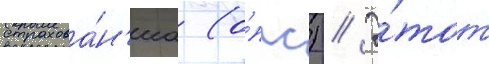
страхова́н'иа (о́ппс) // Э́тот